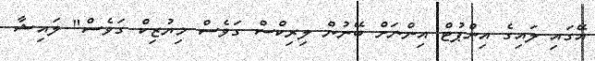
އޭގައި ލައިގެ އިންޕުޓް އިންނަށް ބޭނުން ލިރިކްސް ގަވެސް މިޔުޒިކް ގަވެސް" ލައިޝާ